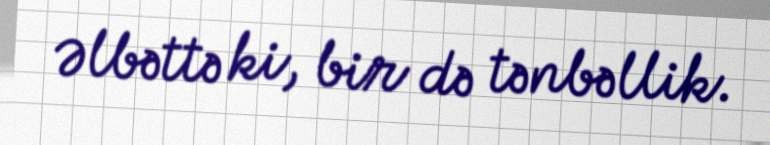
Əlbəttə ki, bir də tənbəllik.